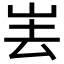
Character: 𱛔